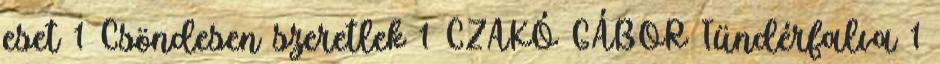
eset 1 Csöndesen szeretlek 1 CZAKÓ GÁBOR Tündérfalva 1